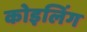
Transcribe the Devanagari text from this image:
कोइलिंग